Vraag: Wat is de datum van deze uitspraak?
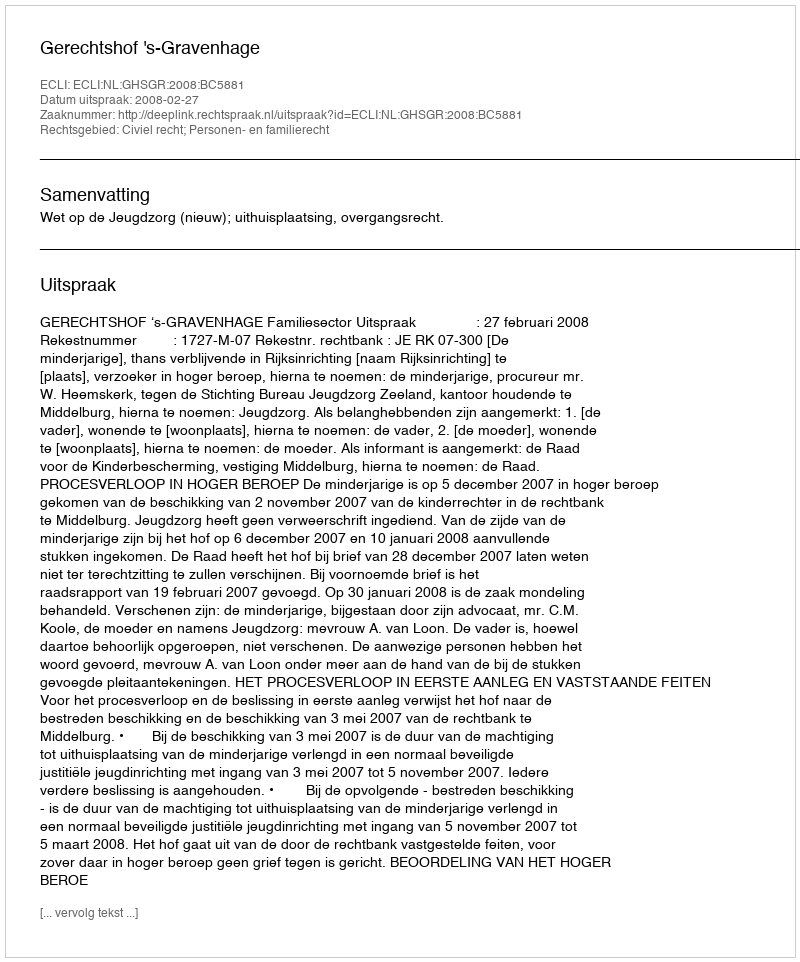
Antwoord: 2008-02-27